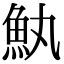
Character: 𮫰